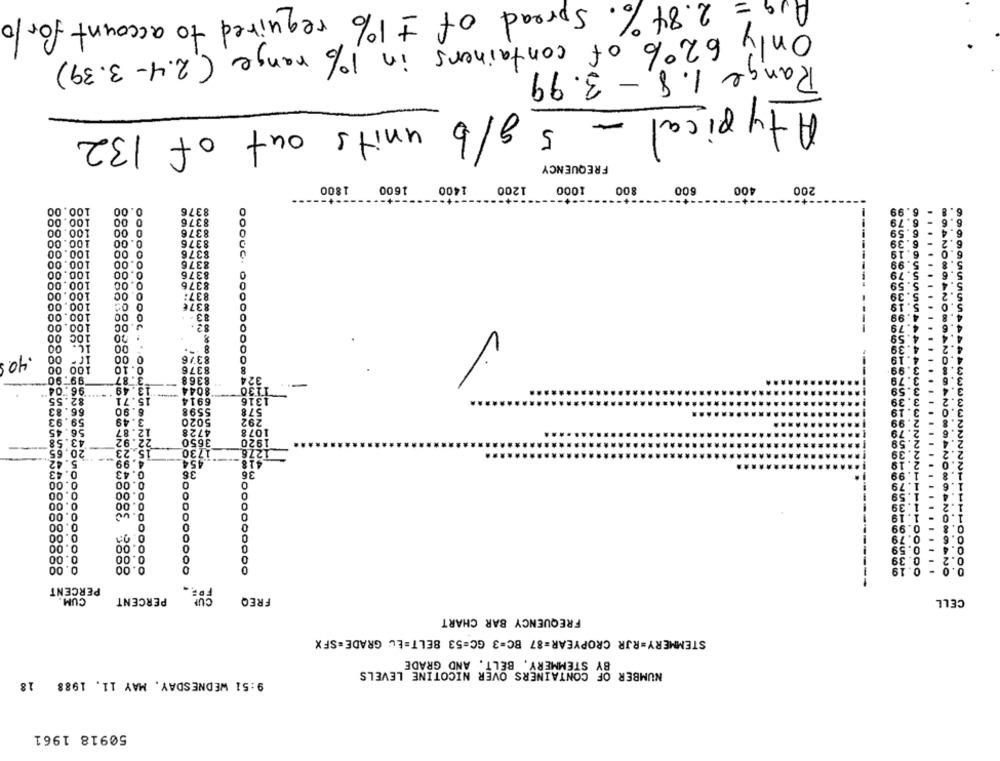
Avg = 2.84%. Spread of +1% required to account for 10
Only 62% of containers in 1% range (2.4-3.39)
Range 1.8, - 3.99
Atypical - 5 g/b units out of 132
FREQUENCY
1800
1600
1400
1200
1000
800
600
400
200
100.00
0.00
8376
100.00
00
8376
100.00
00
8376
100.00
.00
8376
100.00
0 00
8376
100.00
0.00
8376
100.00
.00
0.
8376
100.00
0.00
8376
100.00
.00
0.
837:
100.00
837€
0
00
100.00
83.
0
100.0
.OC
82 .
0
100 00
20
16. 00
00
.40
0 00
8376
100 00
0.10
8376
8
99.90
3.87
8368
324
96.04
13.49
8044
130
82.55
15.71
6914
16
66.83
6.90
5598
578
59.9
3.49
292
5020
56.
12.87
4728
1078
43.
22.92
3650
1920
20,6
5.23
1730
276
.42
99.
454
418
.43
0.43
36
36
0.00
00
0
00
0.00
0
D
109942089
00
00
0
00
0.
0
0.00
0
0.99
0.00
0.
0
0.00
U.
0
0
0.59
0.00
00
0.39
0.00
00
0.
0.19
PERCENT
FOR
CUM.
PERCENT
FREQ
CELL
FREQUENCY BAR CHART
STEMMERY=RJR CROPYEAR=87 BC=3 GC=53 BELT=Eu GRADE=SFX
BY STEMMERY, BELT, AND GRADE
NUMBER OF CONTAINERS OVER NICOTINE LEVELS
9:51 WEDNESDAY, MAY 11, 1988 18
50918 1961